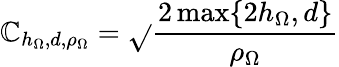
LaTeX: \mathbb{C}_{h_{\Omega},d,\rho_{\Omega}}=\sqrt{}{{\frac{{2\operatorname*{max}\{ 2h_{\Omega},d\} }}{{\rho_{\Omega}}}}}